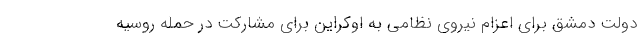
دولت دمشق برای اعزام نیروی نظامی به اوکراین برای مشارکت در حمله روسیه